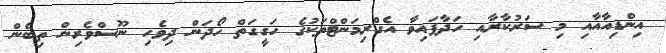
އިންޑިއާއާއި މި ސަރުކާރާއި ހަދާފައިވާ އެގްރިމަންޓްތަކުގެ ހަގީގަތް ހޯދަން ދިވެހި ނޫސްވެރިން ތިބެން